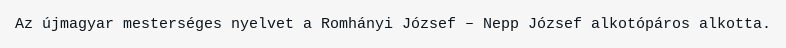
Az újmagyar mesterséges nyelvet a Romhányi József – Nepp József alkotópáros alkotta.